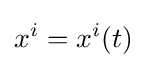
x^{i}=x^{i}(t)